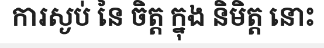
ការស្ងប់ នៃ ចិត្ត ក្នុង និមិត្ត នោះ